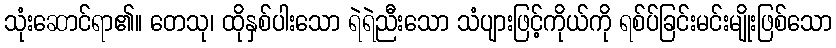
သုံးဆောင်ရာ၏။ တေသု၊ ထိုနှစ်ပါးသော ရဲရဲညီးသော သံပျားဖြင့်ကိုယ်ကို ရစ်ပ်ခြင်းမင်းမျိုးဖြစ်သော